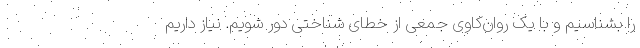
را بشناسیم و با یک روان‌کاوی جمعی از خطای شناختی دور شویم. نیاز داریم